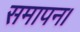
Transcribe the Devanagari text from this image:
समापन।